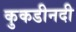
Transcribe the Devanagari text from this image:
कुकडीनदी